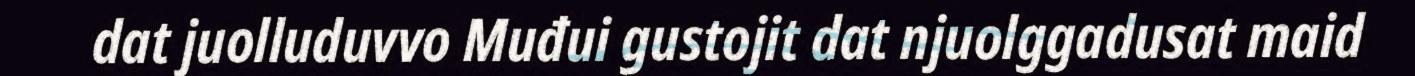
dat juolluduvvo Muđui gustojit dat njuolggadusat maid